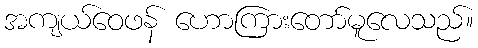
အကျယ်ဝေဖန် ဟောကြားတော်မူလေသည်။